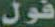
فول